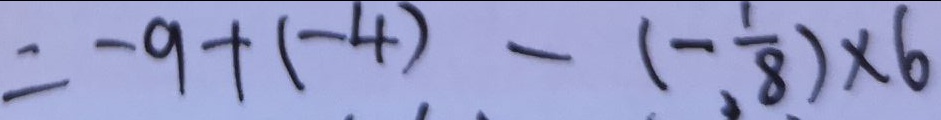
= - 9 + ( - 4 ) - ( - \frac { 1 } { 8 } ) \times 6